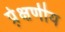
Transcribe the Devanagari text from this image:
प्रे़क्षणीय